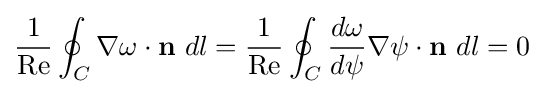
{\frac {1}{\mathrm {Re} }}\oint _{C}\nabla \omega \cdot \mathbf {n} \ dl={\frac {1}{\mathrm {Re} }}\oint _{C}{\frac {d\omega }{d\psi }}\nabla \psi \cdot \mathbf {n} \ dl=0